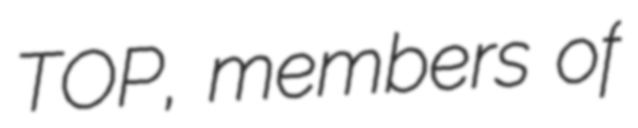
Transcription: TOP, members of